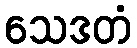
သေဒတံ